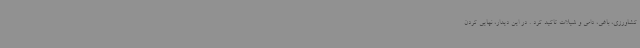
کشاورزی، باغی، دامی و شیلات تاکید کرد . در این دیدار، نهایی کردن